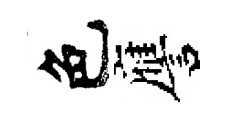
色譍